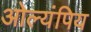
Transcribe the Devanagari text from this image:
ओल्यंपिय